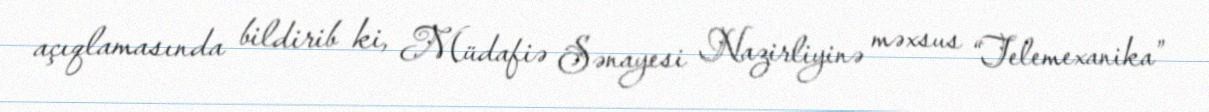
açıqlamasında bildirib ki, Müdafiə Sənayesi Nazirliyinə məxsus “Telemexanika”